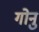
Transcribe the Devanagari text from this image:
गोनु